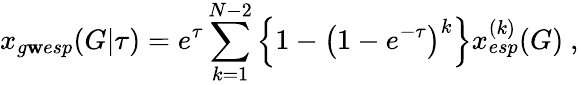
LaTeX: x_{g\mathbf{w}esp}(G|\tau)=e^{\tau}\sum_{k=1}^{N-2}\Big\{ 1-\big(1-e^{-\tau}\big)^{k}\Big\} x_{esp}^{(k)}(G)\ ,